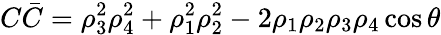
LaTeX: C\bar{C}=\rho_{3}^{2}\rho_{4}^{2}+\rho_{1}^{2}\rho_{2}^{2}-2\rho_{1}\rho_{2}\rho_{3}\rho_{4}\cos{\theta}